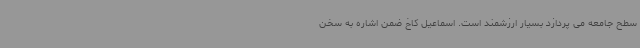
سطح جامعه می پردازد بسیار ارزشمند است. اسماعیل کاخ ضمن اشاره به سخن